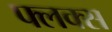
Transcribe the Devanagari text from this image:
फ्लक्‍स